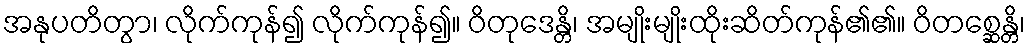
အနုပတိတွာ၊ လိုက်ကုန်၍ လိုက်ကုန်၍။ ဝိတုဒေန္တိ၊ အမျိုးမျိုးထိုးဆိတ်ကုန်၏၏။ ဝိတစ္ဆေန္တိ၊